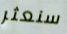
سنعثر